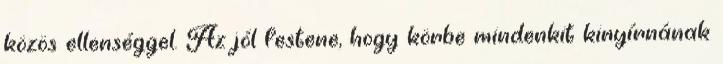
közös ellenséggel. Az jól festene, hogy körbe mindenkit kinyírnának